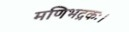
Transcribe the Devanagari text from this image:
मणिभद्रकः।